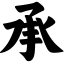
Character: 承